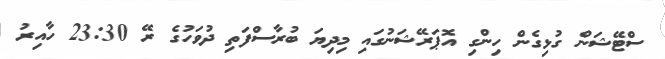
ސްޓޭޝަން ގުޅިގެން ހިންގި އޮޕަރޭޝަނުގައި މިދިޔަ ބުރާސްފަތި ދުވަހުގެ ރޭ 23:30 ހާއިރު